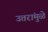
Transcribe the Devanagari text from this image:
उत्तरांमुळे